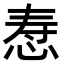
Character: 𪫷